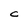
Character: C